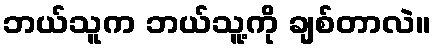
ဘယ်သူက ဘယ်သူ့ကို ချစ်တာလဲ။